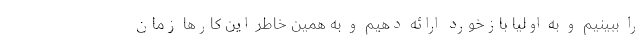
را ببینیم و به اولیا بازخورد ارائه دهیم و به همین خاطر این کارها زمان